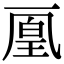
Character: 𠁉